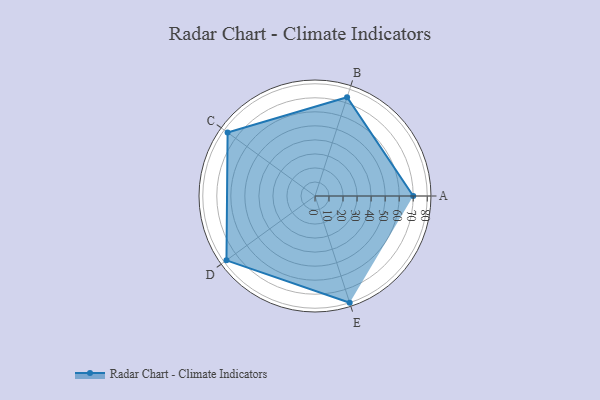
{"axis": {"x": "Skill", "y": "Score"}, "legend": ["Profile"], "data": [{"x": "A", "y": 70.0, "type": "Profile"}, {"x": "B", "y": 74.0, "type": "Profile"}, {"x": "C", "y": 77.0, "type": "Profile"}, {"x": "D", "y": 78.0, "type": "Profile"}, {"x": "E", "y": 80.0, "type": "Profile"}]}